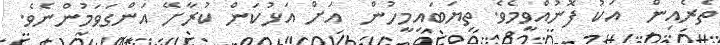
ތެރެއިން  އަކު ފޮނުއްވީމެވެ. ތިޔަބައިމީހުން  އަށް އަޅުކަން ކުރާށޭ އަންގަވަމުންނެވެ.